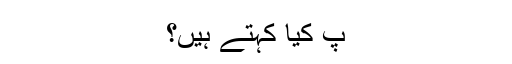
ٓپ کیا کہتے ہیں؟